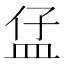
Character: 𥁙